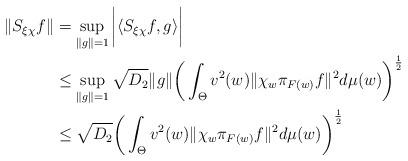
LaTeX: \begin{align*}\|S_{\xi\chi}f\|&=\sup_{\|g\|=1}\bigg|\langle S_{\xi\chi}f,g\rangle \bigg|\\&\leq \sup_{\|g\|=1}\sqrt{D_{2}}\|g\|\bigg(\int_{\Theta}v^{2}(w)\|\chi_{w}\pi_{F(w)}f\|^{2}d\mu(w)\bigg)^{\frac{1}{2}}\\&\leq \sqrt{D_{2}}\bigg(\int_{\Theta}v^{2}(w)\|\chi_{w}\pi_{F(w)}f\|^{2}d\mu(w)\bigg)^{\frac{1}{2}}\end{align*}